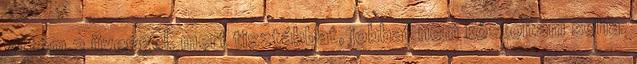
vit­tem 2 üveggel, mert tisztábbat, jobbat nem kóstoltam soha.